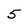
Character: 5